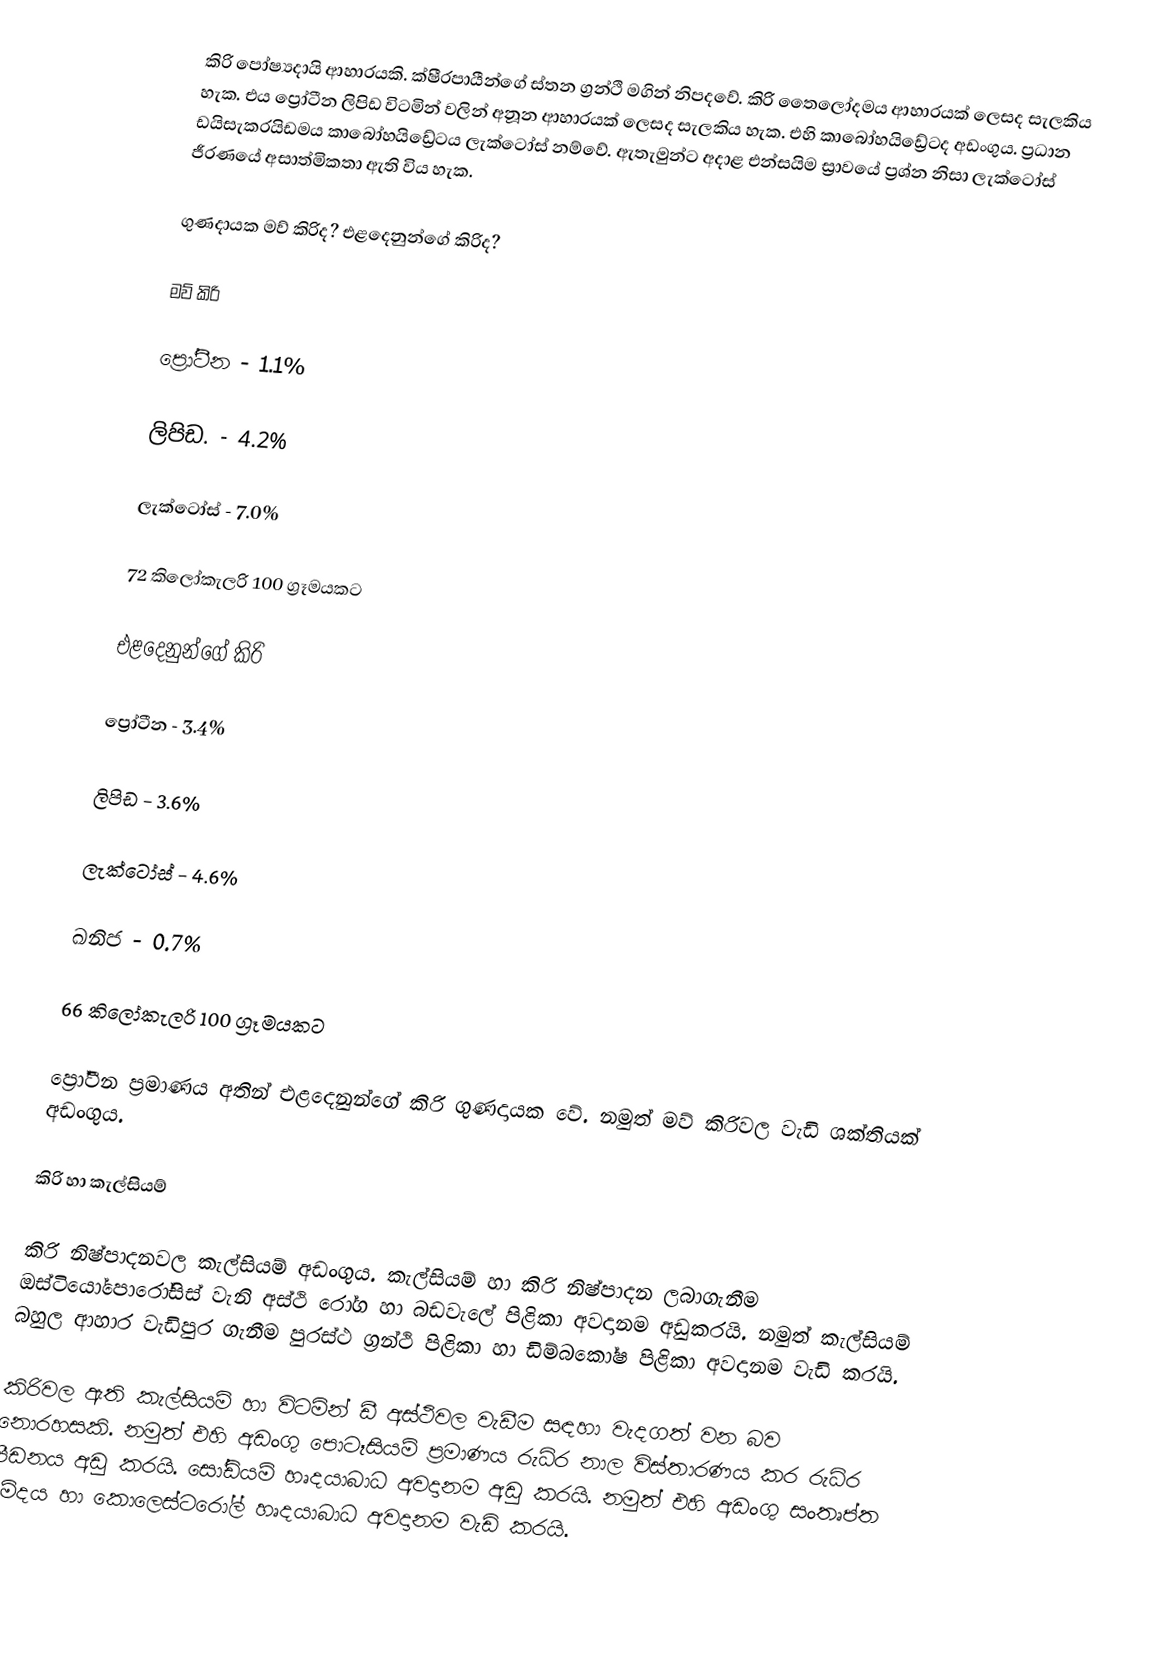
කිරි පෝෂ්‍යදායි ආහාරයකි. ක්ෂීරපායීන්ගේ ස්තන ග්‍රන්ථි මගින් නිපදවේ. කිරි තෛලෝදමය ආහාරයක් ලෙසද සැලකිය හැක. එය ප්‍රෝටීන ලිපිඩ විටමින් වලින් අනූන ආහාරයක් ලෙසද සැලකිය හැක. එහි කාබෝහයිඩ්‍රේටද අඩංගුය. ප්‍රධාන ඩයිසැකරයිඩමය කාබෝහයිඩ්‍රේටය ලැක්ටෝස් නම්වේ. ඇතැමුන්ට අදාළ එන්සයිම ස්‍රාවයේ ප්‍රශ්න නිසා ලැක්ටෝස් ජීරණයේ අසාත්මිකතා ඇති විය හැක.

ගුණදායක මව් කිරිද? එළදෙනුන්ගේ කිරිද?

මව් කිරි

ප්‍රෝටීන - 1.1%

ලිපිඩ.     - 4.2%

ලැක්ටෝස් - 7.0%

72 කිලෝකැලරි 100 ග්‍රෑමයකට

එළදෙනුන්ගේ කිරි

ප්‍රෝටීන - 3.4%

ලිපිඩ - 3.6%

ලැක්ටෝස් - 4.6%

ඛනිජ - 0.7%

66 කිලෝකැලරි 100 ග්‍රෑමයකට

ප්‍රෝටීන ප්‍රමාණය අතින් එළදෙනුන්ගේ කිරි ගුණදායක වේ. නමුත් මව් කිරිවල වැඩි ශක්තියක් අඩංගුය.

කිරි හා කැල්සියම්

කිරි නිෂ්පාදනවල කැල්සියම් අඩංගුය. කැල්සියම් හා කිරි නිෂ්පාදන ලබාගැනීම ඔස්ටියෝපොරෝසිස් වැනි අස්ථි රෝග හා බඩවැලේ පිළිකා අවදානම අඩුකරයි. නමුත් කැල්සියම් බහුල ආහාර වැඩිපුර ගැනීම පුරස්ථ ග්‍රන්ථි පිළිකා හා ඩිම්බකෝෂ පිළිකා අවදානම වැඩි කරයි.

කිරිවල ඇති කැල්සියම් හා විටමින් ඩී අස්ථිවල වැඩීම සඳහා වැදගත් වන බව නොරහසකි. නමුත් එහි අඩංගු පොටෑසියම් ප්‍රමාණය රුධිර නාල විස්තාරණය කර රුධිර පීඩනය අඩු කරයි. සෝඩියම් හෘදයාබාධ අවදානම අඩු කරයි. නමුත් එහි අඩංගු සංතෘප්ත මේදය හා කොලෙස්ටරෝල් හෘදයාබාධ අවදානම වැඩි කරයි.